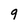
Character: 9